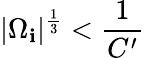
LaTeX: |\Omega_{\mathbf{i}}|^{\frac{{1}}{{3}}}<\frac{{1}}{{C^{\prime}}}